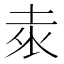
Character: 𭎕